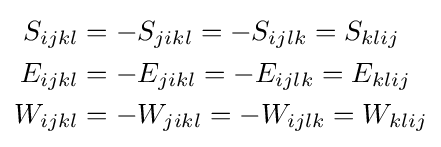
{\begin{aligned}S_{ijkl}&=-S_{jikl}=-S_{ijlk}=S_{klij}\\E_{ijkl}&=-E_{jikl}=-E_{ijlk}=E_{klij}\\W_{ijkl}&=-W_{jikl}=-W_{ijlk}=W_{klij}\end{aligned}}